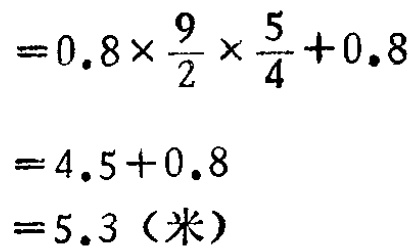
\[

\begin{align*}

&=0.8\times\frac{9}{2}\times\frac{5}{4}+0.8\\

&=4.5 + 0.8\\

&=5.3（米）

\end{align*}

\]